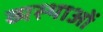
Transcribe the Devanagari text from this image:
व्यस्थाओं